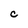
Character: C